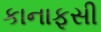
કાનાફૂસી